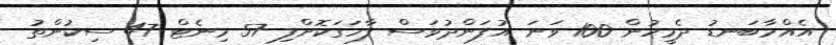
އެއްމާބަނޑު ދެމީހުން 100 ވަނަ އުފަންދުވަސް ފާހަގަކޮށްފި 57 މިނެޓް 47 ސިކުންތު